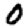
Digit: 0